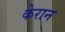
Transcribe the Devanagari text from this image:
केरान